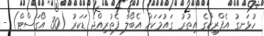
ހުޅަނގު އެފްރިކާގެ އިތުރު ގައުމަކަށް އެބޯލާ ފެތުރިއްޖެ ޑަކަރު (30 އޯގަސްޓް) -